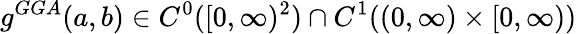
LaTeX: g^{GGA}(a,b)\in C^{0}([0,\infty)^{2})\cap C^{1}((0,\infty)\times[0,\infty))